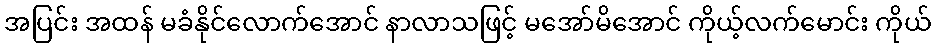
အပြင်း အထန် မခံနိုင်လောက်အောင် နာလာသဖြင့် မအော်မိအောင် ကိုယ့်လက်မောင်း ကိုယ်